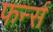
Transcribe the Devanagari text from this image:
फर्न्स